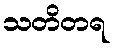
သတိတရ